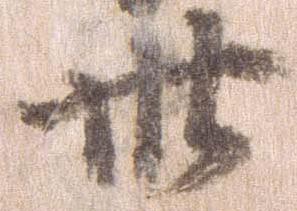
卅